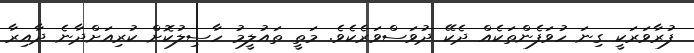
ފުރާވަރަކީ ގިނަ ހުވަފެންތަކެއް ދެކޭ ދުވަސްވަރެކެވެ. މަތީ ތައުލީމު ހާސިލުކޮށް ކުރިއަށްދާނެ ދާއިރާ